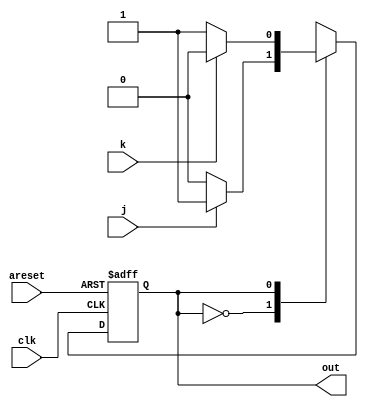
module top_module(
    input clk,
    input areset,    // Asynchronous reset to OFF
    input j,
    input k,
    output out); //  

    parameter OFF=0, ON=1; 
    reg state, next_state;

    always@(*)
        begin
            case(state)
                OFF: next_state <= j?ON:OFF;
                ON: next_state <= k?OFF:ON;
            endcase
        end
    always@(posedge clk or posedge areset)
        begin
            if(areset)
                begin
                    state <= OFF;
                end
            else
                begin
                    state <= next_state;
                end
        end
    assign out = (state==ON);

endmodule